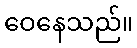
ဝေနေသည်။